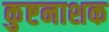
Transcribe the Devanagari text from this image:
कुष्टनाशक